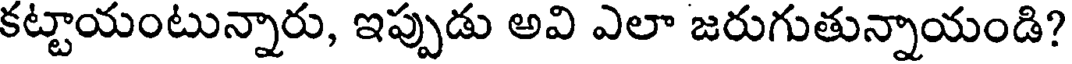
కట్టాయంటున్నారు, ఇప్పుడు అవి ఎలా జరుగుతున్నాయండి?